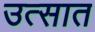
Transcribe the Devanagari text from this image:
उत्सात